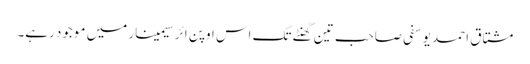
مشتاق احمد یوسفی صاحب تین گھنٹے تک اس اوپن ائر سیمینار میں موجود رہے۔